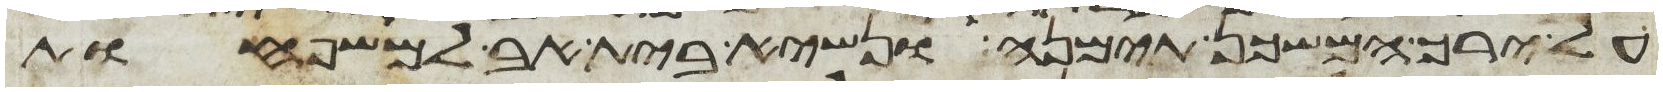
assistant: על ירך המשכן תימנה ונשיא בית אב למשפחות